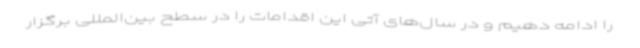
را ادامه دهیم و در سال‌های آتی این اقدامات را در سطح بین‌المللی برگزار